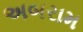
અબરામ